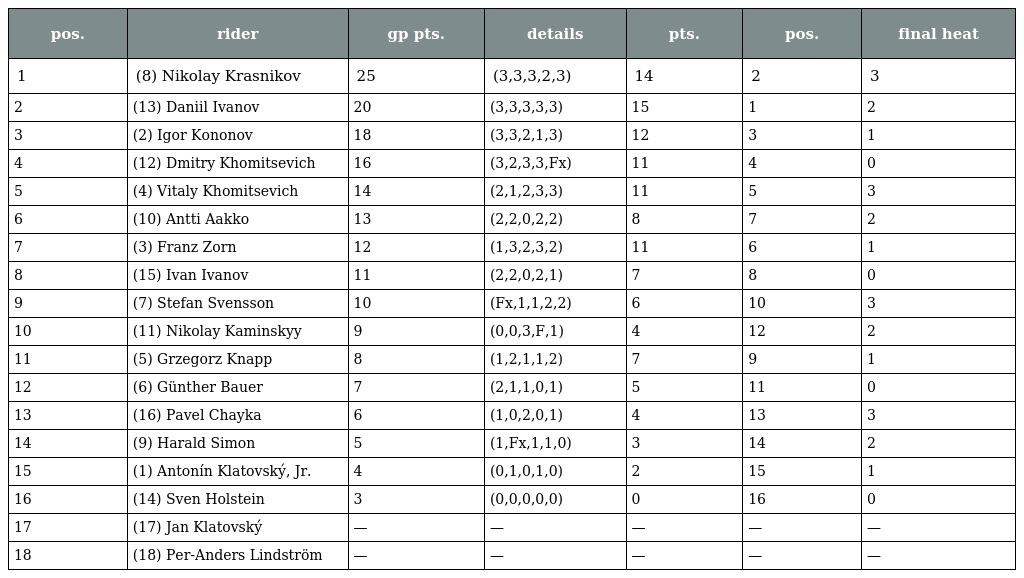
| pos. | rider | gp pts. | details | pts. | pos. | final heat |
 | --- | --- | --- | --- | --- | --- | --- |
 | 1 | (8) Nikolay Krasnikov | 25 | (3,3,3,2,3) | 14 | 2 | 3 |
 | 2 | (13) Daniil Ivanov | 20 | (3,3,3,3,3) | 15 | 1 | 2 |
 | 3 | (2) Igor Kononov | 18 | (3,3,2,1,3) | 12 | 3 | 1 |
 | 4 | (12) Dmitry Khomitsevich | 16 | (3,2,3,3,Fx) | 11 | 4 | 0 |
 | 5 | (4) Vitaly Khomitsevich | 14 | (2,1,2,3,3) | 11 | 5 | 3 |
 | 6 | (10) Antti Aakko | 13 | (2,2,0,2,2) | 8 | 7 | 2 |
 | 7 | (3) Franz Zorn | 12 | (1,3,2,3,2) | 11 | 6 | 1 |
 | 8 | (15) Ivan Ivanov | 11 | (2,2,0,2,1) | 7 | 8 | 0 |
 | 9 | (7) Stefan Svensson | 10 | (Fx,1,1,2,2) | 6 | 10 | 3 |
 | 10 | (11) Nikolay Kaminskyy | 9 | (0,0,3,F,1) | 4 | 12 | 2 |
 | 11 | (5) Grzegorz Knapp | 8 | (1,2,1,1,2) | 7 | 9 | 1 |
 | 12 | (6) Günther Bauer | 7 | (2,1,1,0,1) | 5 | 11 | 0 |
 | 13 | (16) Pavel Chayka | 6 | (1,0,2,0,1) | 4 | 13 | 3 |
 | 14 | (9) Harald Simon | 5 | (1,Fx,1,1,0) | 3 | 14 | 2 |
 | 15 | (1) Antonín Klatovský, Jr. | 4 | (0,1,0,1,0) | 2 | 15 | 1 |
 | 16 | (14) Sven Holstein | 3 | (0,0,0,0,0) | 0 | 16 | 0 |
 | 17 | (17) Jan Klatovský | — | — | — | — | — |
 | 18 | (18) Per-Anders Lindström | — | — | — | — | — |